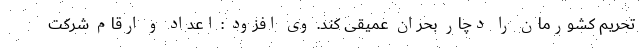
تحریم کشورمان را دچار بحران عمیقی کند. وی افزود : اعداد و ارقام شرکت